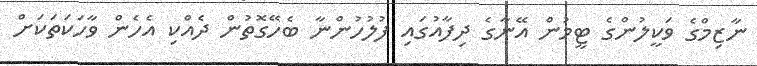
ނާޒިމްގެ ވަކީލުންގެ ޓީމުން އޭނާގެ ދިފާއުގައި ފުލުހުންނާ ބެހޭގޮތުން ދެއްކި އެހެން ވާހަކަތަކަށް